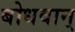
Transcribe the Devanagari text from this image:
बोधवान्